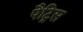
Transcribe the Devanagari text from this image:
पैट्रिस